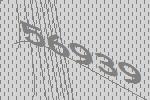
56939